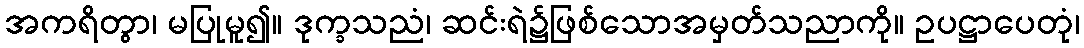
အကရိတွာ၊ မပြုမူ၍။ ဒုက္ခသညံ၊ ဆင်းရဲ၌ဖြစ်သောအမှတ်သညာကို။ ဥပဋ္ဌာပေတုံ၊